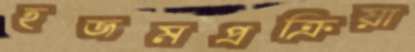
হজমপ্রক্রিয়া